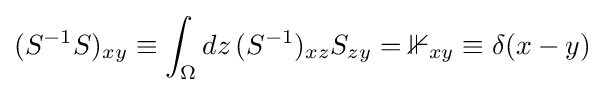
(S^{-1}S)_{xy}\equiv \int _{\Omega }dz\,(S^{-1})_{xz}S_{zy}=\mathbb {1} _{xy}\equiv \delta (x-y)